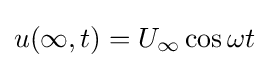
u(\infty ,t)=U_{\infty }\cos \omega t